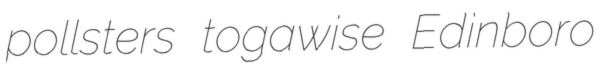
pollsters togawise Edinboro